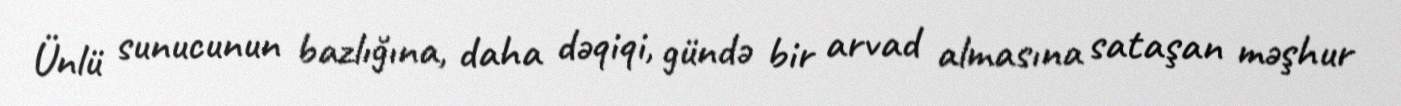
Ünlü sunucunun bazlığına, daha dəqiqi, gündə bir arvad almasına sataşan məşhur